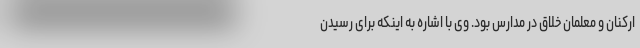
ارکنان و معلمان خلاق در مدارس بود. وی با اشاره به اینکه برای رسیدن